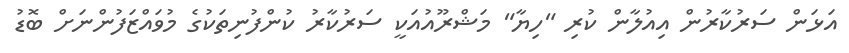
އަޅަން ސަރުކާރުން އިއުލާން ކުރި "ހިޔާ" މަޝްރޫއުއަކީ ސަރުކާރު ކުންފުނިތަކުގެ މުވައްޒަފުންނަށް ބޮޑު